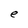
Character: e